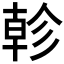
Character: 𢒨